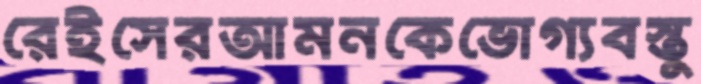
রেইসেরআমনকেভোগ্যবস্তু